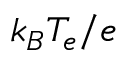
k _ { B } T _ { e } / e